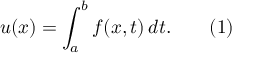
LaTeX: u ( x ) = \int _ { a } ^ { b } f ( x , t ) \, d t . \qquad ( 1 )